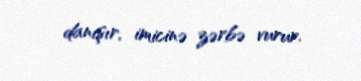
danışır, imicinə zərbə vurur.